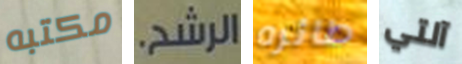
مكتبه الرشح. طائره آلتي